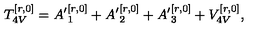
T _ { 4 V } ^ { [ r , 0 ] } = { A ^ { \prime } } _ { 1 } ^ { [ r , 0 ] } + { A ^ { \prime } } _ { 2 } ^ { [ r , 0 ] } + { A ^ { \prime } } _ { 3 } ^ { [ r , 0 ] } + V _ { 4 V } ^ { [ r , 0 ] } ,